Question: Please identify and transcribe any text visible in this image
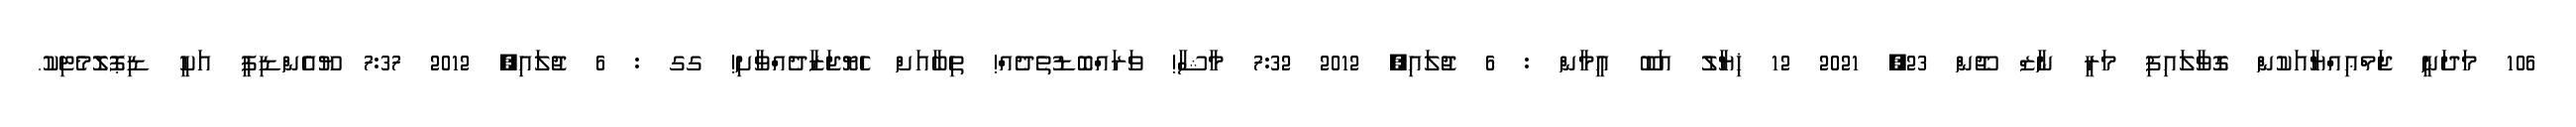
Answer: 106 މަދަނީ ޖަމްޢިއްޔާއަކުން ގޮވާލައިފި މަރީ ނާޒް ޖޫން 23, 2021 12 ޚިޔާލު އަބޫ އީމާން : 6 ޖުލައި, 2012 7:32 މާޝާ! ވަރައްބޮޑުތެދެއް! ތިބާއަށް ހެޔޮޖަޒާދެއްވާށި! ގގ : 6 ޖުލައި, 2012 7:37 ޔޫއެންޑިޕީ އަކީ ޑިޕޮލޮމެޓިކު.